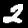
Label: 2